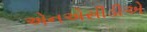
એનએસીડીએ